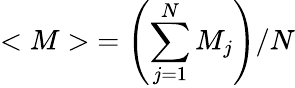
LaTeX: {<M>}=\left(\sum_{j=1}^{N}M_{j}\right)/N